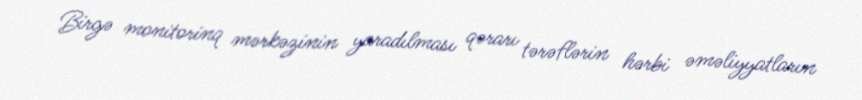
Birgə monitorinq mərkəzinin yaradılması qərarı tərəflərin hərbi əməliyyatların